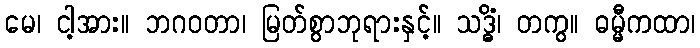
မေ၊ ငါ့အား။ ဘဂဝတာ၊ မြတ်စွာဘုရားနှင့်။ သဒ္ဓိံ၊ တကွ။ ဓမ္မီကထာ၊